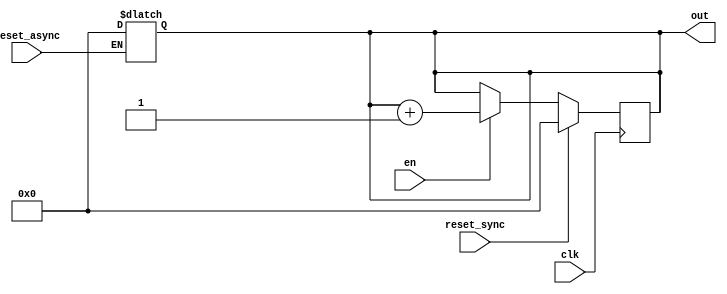
module counter_baud_rate(
    input reset_async,
    input reset_sync,
    input en,
    input clk,
    output reg [19:0] out
);

    always@(*)begin
        if(reset_async) 
            out = 0;
    end
    
    always@(posedge clk) begin
        if(reset_sync)
            out <= 0;
        else if(en) 
            out <= out + 1;
    end



endmodule